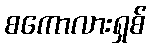
စကောလားရှစ်